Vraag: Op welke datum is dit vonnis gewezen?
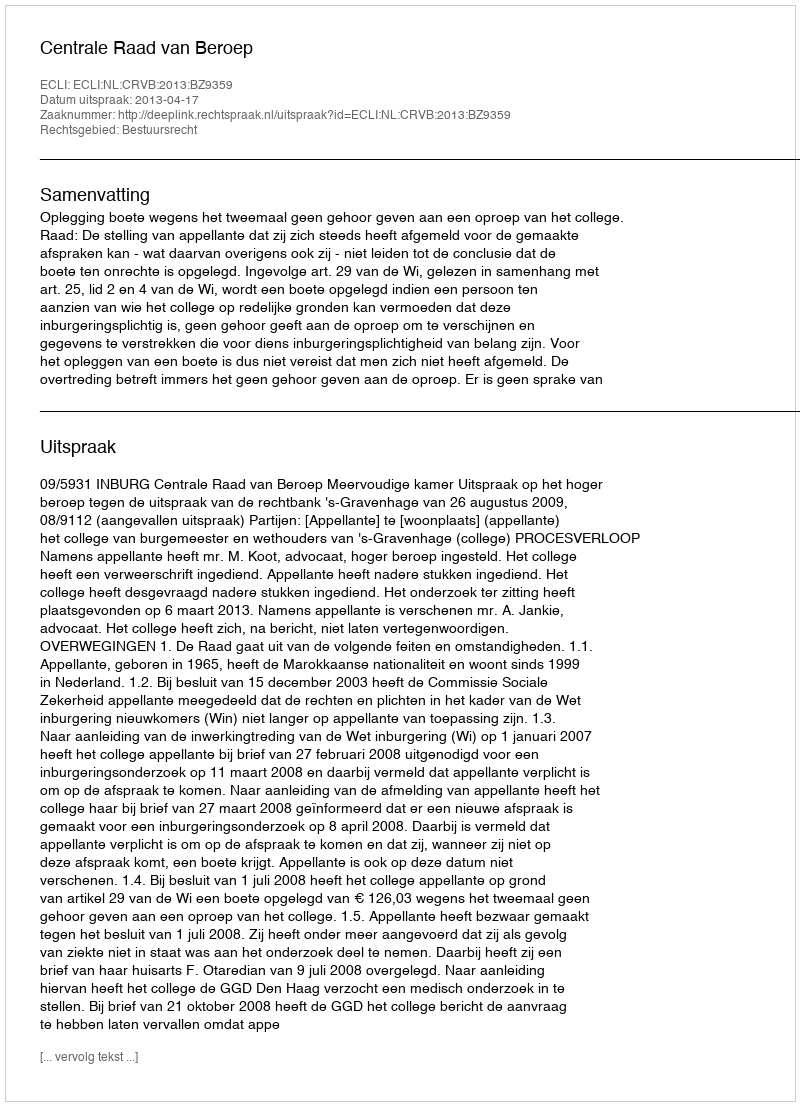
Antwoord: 2013-04-17